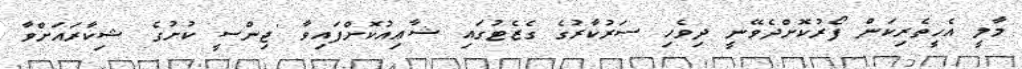
މާލީ އެހީތެރިކަން ފޯރުކޮށްދެވޭނީ ދިވެހި ސަރުކާރުގެ ގެޒެޓުގައި ޝާޢިއުކޮށްފައިވާ 'ޖިންސީ ކުށުގެ ޝިކާރައަށްވާ